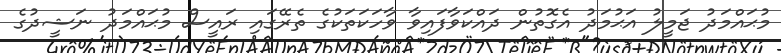
މުޙައްމަދު ޖަމީލު އަޙުމަދު އެގޮތުން ދައްކަވާފައިވާ ވާހަކަތަކުގެ ތެރޭގައި ރައީސް މުޙައްމަދު ނަޝީދުގެ